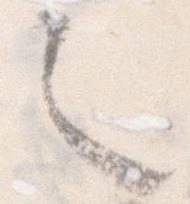
之